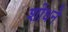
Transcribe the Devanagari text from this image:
शोधने